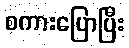
စကားပြောပြီး